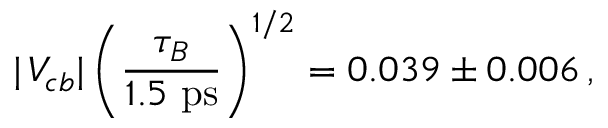
| \, V _ { c b } | \, \bigg ( { \frac { \tau _ { B } } { 1 . 5 ~ \mathrm { p s } } } \bigg ) ^ { 1 / 2 } = 0 . 0 3 9 \pm 0 . 0 0 6 \, ,